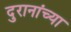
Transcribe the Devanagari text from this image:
दुरानांच्या